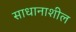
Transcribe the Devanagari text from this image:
साधानाशील